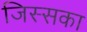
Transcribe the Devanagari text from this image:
जिस्सका